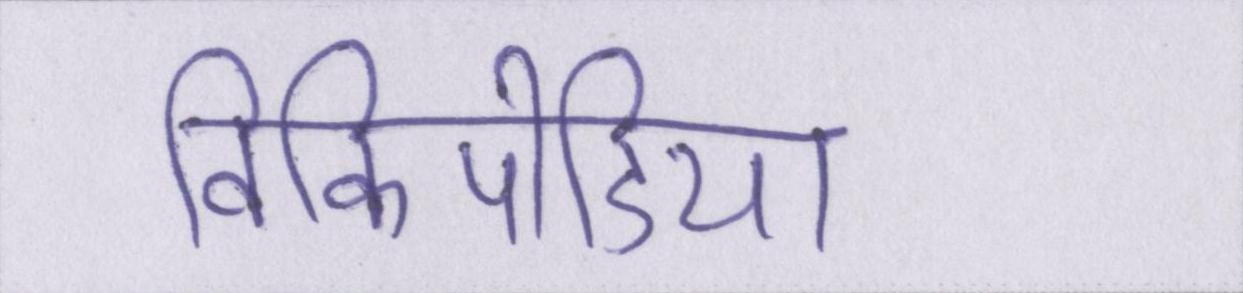
विकिपीडिया